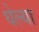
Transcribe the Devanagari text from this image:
घेल्या